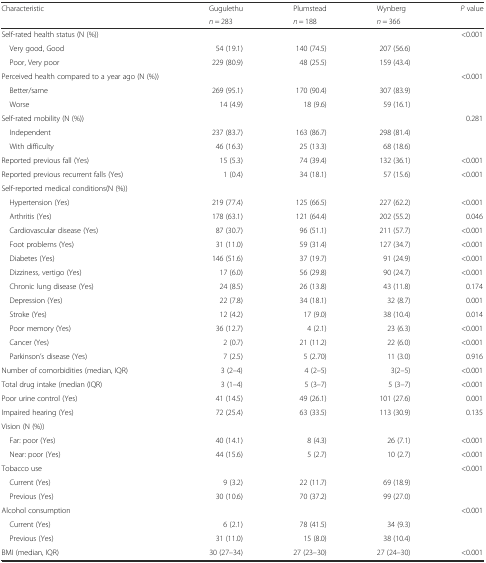
<table><thead><tr><td rowspan="2"><b>Characteristic</b></td><td><b>Gugulethu</b></td><td><b>Plumstead</b></td><td><b>Wynberg</b></td><td rowspan="2"><b><i>P</i> value</b></td></tr><tr><td><b><i>n</i> = 283</b></td><td><b><i>n</i> = 188</b></td><td><b><i>n</i> = 366</b></td></tr></thead><tbody><tr><td>Self-rated health status (N (%))</td><td></td><td></td><td></td><td>&lt;0.001</td></tr><tr><td> Very good, Good</td><td>54 (19.1)</td><td>140 (74.5)</td><td>207 (56.6)</td><td></td></tr><tr><td> Poor, Very poor</td><td>229 (80.9)</td><td>48 (25.5)</td><td>159 (43.4)</td><td></td></tr><tr><td>Perceived health compared to a year ago (N (%))</td><td></td><td></td><td></td><td>&lt;0.001</td></tr><tr><td> Better/same</td><td>269 (95.1)</td><td>170 (90.4)</td><td>307 (83.9)</td><td></td></tr><tr><td> Worse</td><td>14 (4.9)</td><td>18 (9.6)</td><td>59 (16.1)</td><td></td></tr><tr><td>Self-rated mobility (N (%))</td><td></td><td></td><td></td><td>0.281</td></tr><tr><td> Independent</td><td>237 (83.7)</td><td>163 (86.7)</td><td>298 (81.4)</td><td></td></tr><tr><td> With difficulty</td><td>46 (16.3)</td><td>25 (13.3)</td><td>68 (18.6)</td><td></td></tr><tr><td>Reported previous fall (Yes)</td><td>15 (5.3)</td><td>74 (39.4)</td><td>132 (36.1)</td><td>&lt;0.001</td></tr><tr><td>Reported previous recurrent falls (Yes)</td><td>1 (0.4)</td><td>34 (18.1)</td><td>57 (15.6)</td><td>&lt;0.001</td></tr><tr><td>Self-reported medical conditions(N (%))</td><td></td><td></td><td></td><td></td></tr><tr><td> Hypertension (Yes)</td><td>219 (77.4)</td><td>125 (66.5)</td><td>227 (62.2)</td><td>&lt;0.001</td></tr><tr><td> Arthritis (Yes)</td><td>178 (63.1)</td><td>121 (64.4)</td><td>202 (55.2)</td><td>0.046</td></tr><tr><td> Cardiovascular disease (Yes)</td><td>87 (30.7)</td><td>96 (51.1)</td><td>211 (57.7)</td><td>&lt;0.001</td></tr><tr><td> Foot problems (Yes)</td><td>31 (11.0)</td><td>59 (31.4)</td><td>127 (34.7)</td><td>&lt;0.001</td></tr><tr><td> Diabetes (Yes)</td><td>146 (51.6)</td><td>37 (19.7)</td><td>91 (24.9)</td><td>&lt;0.001</td></tr><tr><td> Dizziness, vertigo (Yes)</td><td>17 (6.0)</td><td>56 (29.8)</td><td>90 (24.7)</td><td>&lt;0.001</td></tr><tr><td> Chronic lung disease (Yes)</td><td>24 (8.5)</td><td>26 (13.8)</td><td>43 (11.8)</td><td>0.174</td></tr><tr><td> Depression (Yes)</td><td>22 (7.8)</td><td>34 (18.1)</td><td>32 (8.7)</td><td>0.001</td></tr><tr><td> Stroke (Yes)</td><td>12 (4.2)</td><td>17 (9.0)</td><td>38 (10.4)</td><td>0.014</td></tr><tr><td> Poor memory (Yes)</td><td>36 (12.7)</td><td>4 (2.1)</td><td>23 (6.3)</td><td>&lt;0.001</td></tr><tr><td> Cancer (Yes)</td><td>2 (0.7)</td><td>21 (11.2)</td><td>22 (6.0)</td><td>&lt;0.001</td></tr><tr><td> Parkinson’s disease (Yes)</td><td>7 (2.5)</td><td>5 (2.70)</td><td>11 (3.0)</td><td>0.916</td></tr><tr><td>Number of comorbidities (median, IQR)</td><td>3 (2–4)</td><td>4 (2–5)</td><td>3(2–5)</td><td>&lt;0.001</td></tr><tr><td>Total drug intake (median (IQR)</td><td>3 (1–4)</td><td>5 (3–7)</td><td>5 (3–7)</td><td>&lt;0.001</td></tr><tr><td>Poor urine control (Yes)</td><td>41 (14.5)</td><td>49 (26.1)</td><td>101 (27.6)</td><td>0.001</td></tr><tr><td>Impaired hearing (Yes)</td><td>72 (25.4)</td><td>63 (33.5)</td><td>113 (30.9)</td><td>0.135</td></tr><tr><td>Vision (N (%))</td><td></td><td></td><td></td><td></td></tr><tr><td> Far: poor (Yes)</td><td>40 (14.1)</td><td>8 (4.3)</td><td>26 (7.1)</td><td>&lt;0.001</td></tr><tr><td> Near: poor (Yes)</td><td>44 (15.6)</td><td>5 (2.7)</td><td>10 (2.7)</td><td>&lt;0.001</td></tr><tr><td>Tobacco use</td><td></td><td></td><td></td><td>&lt;0.001</td></tr><tr><td> Current (Yes)</td><td>9 (3.2)</td><td>22 (11.7)</td><td>69 (18.9)</td><td></td></tr><tr><td> Previous (Yes)</td><td>30 (10.6)</td><td>70 (37.2)</td><td>99 (27.0)</td><td></td></tr><tr><td>Alcohol consumption</td><td></td><td></td><td></td><td>&lt;0.001</td></tr><tr><td> Current (Yes)</td><td>6 (2.1)</td><td>78 (41.5)</td><td>34 (9.3)</td><td></td></tr><tr><td> Previous (Yes)</td><td>31 (11.0)</td><td>15 (8.0)</td><td>38 (10.4)</td><td></td></tr><tr><td>BMI (median, IQR)</td><td>30 (27–34)</td><td>27 (23–30)</td><td>27 (24–30)</td><td>&lt;0.001</td></tr></tbody></table>